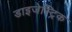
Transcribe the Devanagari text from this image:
डाइजेस्ट्रिक